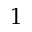
1